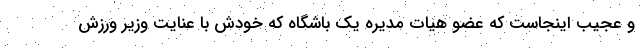
و عجیب اینجاست که عضو هیات مدیره یک باشگاه که خودش با عنایت وزیر ورزش